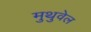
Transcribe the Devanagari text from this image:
मुथुवेल